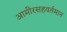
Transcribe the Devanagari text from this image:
आमीरसहवर्तमान